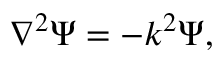
\nabla ^ { 2 } \Psi = - k ^ { 2 } \Psi ,